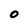
Character: 0